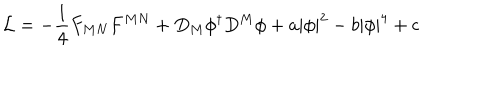
{ \cal L } = - { \frac { 1 } { 4 } } F _ { M N } F ^ { M N } + D _ { M } \phi ^ { \dagger } D ^ { M } \phi + a | \phi | ^ { 2 } - b | \phi | ^ { 4 } + c